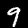
Label: 9